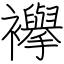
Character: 襷